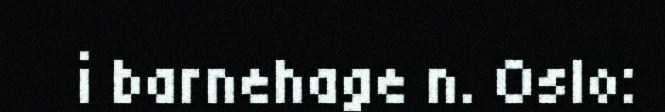
i barnehage n. Oslo: